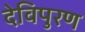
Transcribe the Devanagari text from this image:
देविपुरण